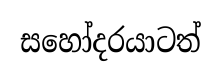
සහෝදරයාටත්